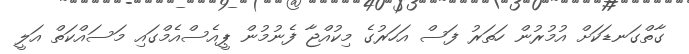
ގާތްގަނޑަކަށް އުމުރުން ހަތަރު ފަސް އަހަރުގެ މިކުއްޖާ ފެނުމުން ޕީއެސްއެމްގައި މަސައްކަތް އަލީ